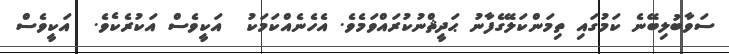
ސަވާބުލިބޭނެ ކަމުގައި ތިމަންކަލޭގެފާނު ޙަދީޘްނުކުރައްވަމެވެ. އެހެނެއްކަމަކު  އަކީވެސް އަކުރެކެވެ.  އަކީވެސް